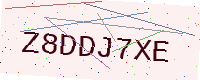
Text: Z8DDJ7XE